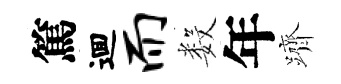
篤逥而数年躋